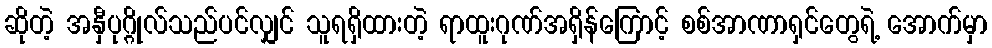
ဆိုတဲ့ အနှီပုဂ္ဂိုလ်သည်ပင်လျှင် သူရရှိထားတဲ့ ရာထူးဂုဏ်အရှိန်ကြောင့် စစ်အာဏာရှင်တွေရဲ့ အောက်မှာ